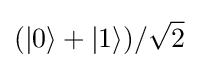
(|0\rangle +|1\rangle )/{\sqrt {2}}